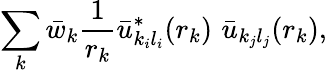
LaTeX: \sum_{k}\bar{w}_{k}\frac{1}{r_{k}}\bar{u}_{k_{i}l_{i}}^{*}(r_{k})\, \, \bar{u}_{k_{j}l_{j}}(r_{k}),